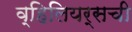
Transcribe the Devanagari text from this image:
व्हिलियर्सची